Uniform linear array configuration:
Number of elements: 8
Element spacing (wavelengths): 0.25
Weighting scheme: binomial
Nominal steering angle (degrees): -45
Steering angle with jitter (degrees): -46.751
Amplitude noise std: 0.05
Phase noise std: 0.05

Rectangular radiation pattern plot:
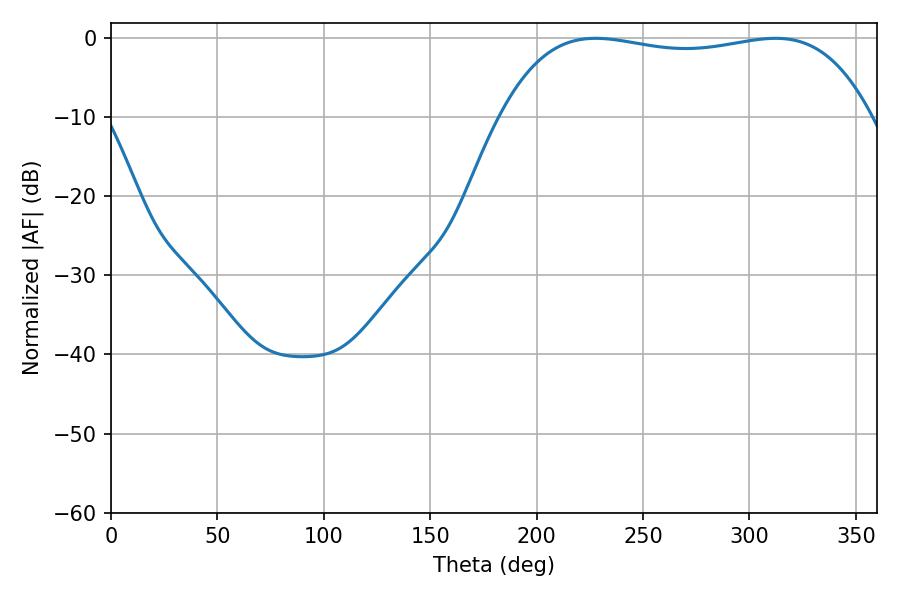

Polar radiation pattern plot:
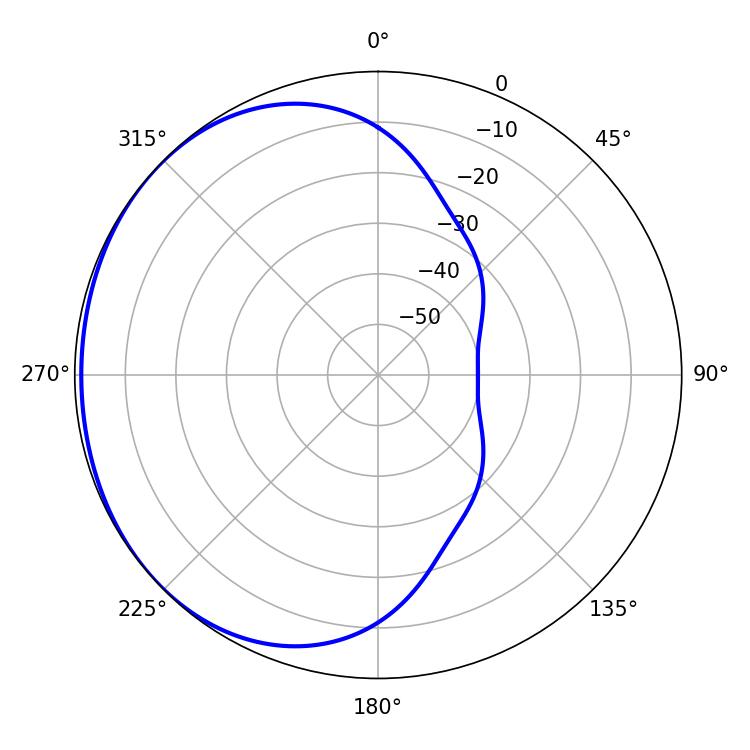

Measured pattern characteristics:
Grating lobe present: FALSE
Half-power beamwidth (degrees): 139.32
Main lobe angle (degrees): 227.7